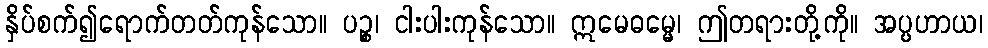
နှိပ်စက်၍ရောက်တတ်ကုန်သော။ ပဉ္စ၊ ငါးပါးကုန်သော။ ဣမေဓမ္မေ၊ ဤတရားတို့ကို။ အပ္ပဟာယ၊